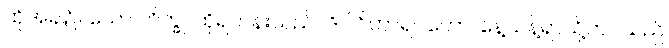
ထိုအခါ၌။ သော ဘိက္ခု၊ ထိုရဟန်းသည်။ ဒိဝါဝိဟာရဂတော၊ နေ့သန့်ရာသို့ကပ်သည်